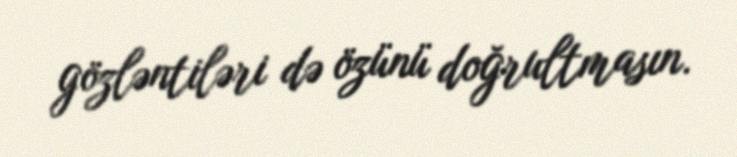
gözləntiləri də özünü doğrultmasın.